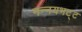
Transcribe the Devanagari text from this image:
नन्नयभट्ट